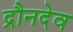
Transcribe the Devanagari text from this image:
द्रौनदेव